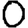
Digit: 0